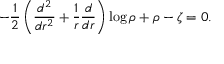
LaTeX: - \frac 1 2 \left( \frac { d ^ { 2 } } { d r ^ { 2 } } + \frac 1 r \frac d { d r } \right) \log \rho + \rho - \zeta = 0 .